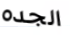
الجده